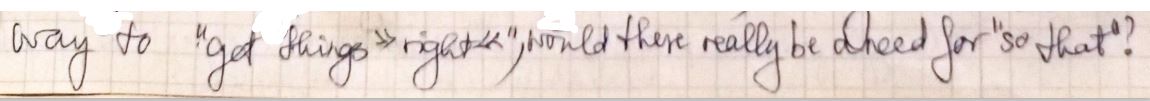
way to " get things "right" would there really be ahead for " so that "?